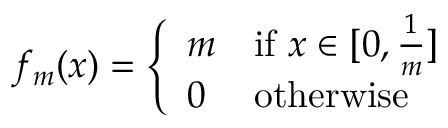
f _ { m } ( x ) = { \left\{ \begin{array} { l l } { m } & { { \mathrm { i f ~ } } x \in [ 0 , { \frac { 1 } { m } } ] } \\ { 0 } & { { \mathrm { o t h e r w i s e } } } \end{array} \right. }